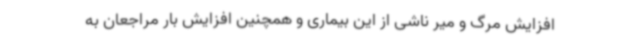
افزایش مرگ و میر ناشی از این بیماری و همچنین افزایش بار مراجعان به